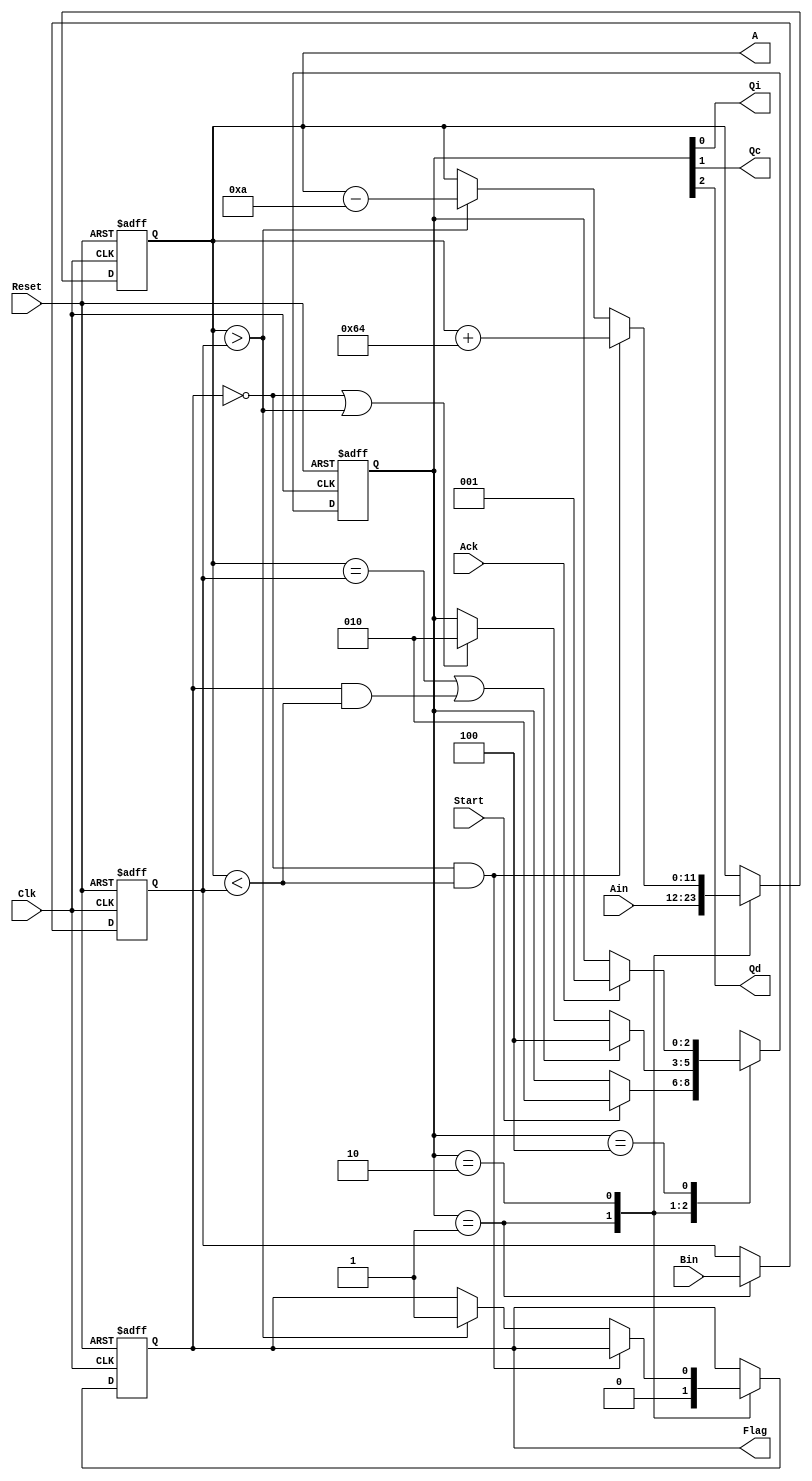
//////////////////////////////////////////////////////////////////////////////
//
// Copyright (c) 2010 Gandhi Puvvada, EE-Systems, VSoE, USC
//
// This design exercise, its solution, and its test-bench are confidential items.
// They are University of Southern California's (USC's) property. All rights are reserved.
// Students in our courses have right only to complete the exercise and submit it as part of their course work.
// They do not have any right on our exercise/solution or even on their completed solution as the solution contains our exercise.
// Students would be violating copyright laws besides the University's Academic Integrity rules if they post or convey to anyone
// either our exercise or our solution or their solution (their completed exercise). 
// 
// THIS COPYRIGHT NOTICE MUST BE RETAINED AS PART OF THIS FILE (AND ITS SOLUTION AND/OR ANY OTHER DERIVED FILE) AT ALL TIMES.
//
//////////////////////////////////////////////////////////////////////////////
//
// A student would be violating the University's Academic Integrity rules if he/she gets help in writing or debugging the code 
// from anyone other than the help from his/her teaching team members in completing the exercise(s). 
// However he/she can discuss with fellow students the method of solving the exercise. 
// But writing the code or debugging the code should not be with the help of others. 
// One should never share the code or even look at the code of others (code from classmates or seniors 
// or any code or solution posted online or on GitHub).
// 
// THIS NOTICE OF ACADEMIC INTEGRITY MUST BE RETAINED AS PART OF THIS FILE (AND ITS SOLUTION AND/OR ANY OTHER DERIVED FILE) AT ALL TIMES.
//
//////////////////////////////////////////////////////////////////////////////



// EE201L RTL Exercises
// make_A_close_to_B.v
// Written by Suraj Abraham, Gandhi Puvvada 
// March 1, 2009, March 4, 2010

// Given two 12-bit unsigned numbers A and B where A < B, we increase A 
// by 100s initially and then decrease it by 10s, if needed, to bring it (A) close to B, 
// but not higher than B.

`timescale 1 ns / 100 ps

module make_A_close_to_B (Ain, Bin, Start, Ack, Clk, Reset, 
				Flag, Qi, Qc, Qd, A);

input [11:0] Ain, Bin;
input Start, Ack, Clk, Reset;
output Flag;  // Flag FF
output Qi, Qc, Qd;
output [11:0] A;

// Rest are wire by default
reg [11:0] A, B;
reg [2:0] state;
reg Flag;

localparam
INI	= 3'b001,
ADJ	= 3'b010,
DONE = 3'b100;

assign {Qd, Qc, Qi} = state;

always @(posedge Clk, posedge Reset) 

  begin  : CU_n_DU
    if (Reset)
       begin
          state <= INI;
	      A <= 12'bXXXXXXXXXXXX;        // to avoid recirculating mux controlled by Reset
	      B <= 12'bXXXXXXXXXXXX;	    // to avoid recirculating mux controlled by Reset 
		  Flag <= 1'bX;                 // to avoid ...
	    end
    else
       begin
         (* full_case, parallel_case *)
         case (state)
	        INI	: 
	          begin
		         // state transitions in the control unit
		         if (Start)
		           state <= ADJ;
		         // RTL operations in the DPU (Data Path Unit) 
		           A <= Ain;
		           B <= Bin;
		           Flag <= 0;
	          end
	        ADJ	:  // ** TODO **  complete RTL Operations and State Transitions
	          begin
		         // state transitions in the control unit
				if ((A == B) || (Flag == 1 && A < B))
					state = DONE;
				else if ((Flag == 0) || (A > B))
                    state = ADJ;
				 
		         // RTL operations in the Data Path 		           
				if (Flag == 0 && A < B)
					A <= A + 100;
				else if (A > B)
                    begin
                        Flag <= 1;
                        A <= A - 10;
                    end
 	          end
	        DONE	:
	          begin  
		         // state transitions in the control unit
		         if (Ack)
		           state <= INI;
		       end    
      endcase
    end 
  end
 
endmodule